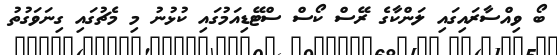
ބޯ ވިއްސާރައިގައި ލަންކާގެ ރޭސް ކޯސް ސްޓޭޑިއަމުގައި ކުޅުނު މި މެޗުގައި ގިނަވަގުތު